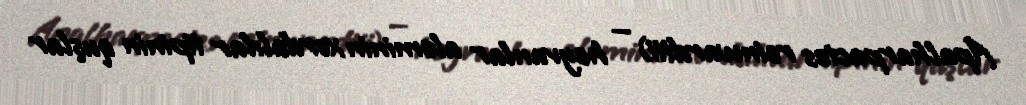
Apalharpactes reinwardtii) — heyvanlar aləminin xordalılar tipinin quşlar